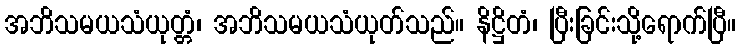
အဘိသမယသံယုတ္တံ၊ အဘိသမယသံယုတ်သည်။ နိဋ္ဌိတံ၊ ပြီးခြင်းသို့ရောက်ပြီ။